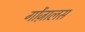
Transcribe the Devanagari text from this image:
गोंज़ालस